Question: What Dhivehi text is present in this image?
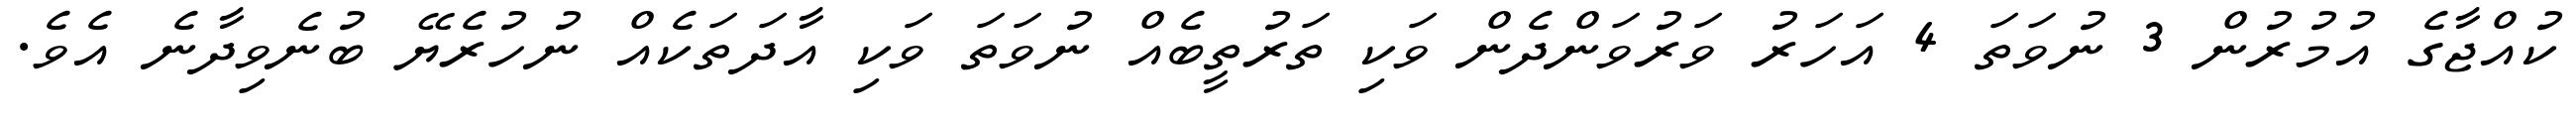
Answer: ކުއްޖާގެ އުމުރުން 3 ނުވަތަ 4 އަހަރު ވަރުވަންދެން ވަކި ތަރުތީބެއް ނުވަތަ ވަކި އާދަތަކެއް ނުހުރެޔޭ ބުނެވިދާނެ އެވެ.